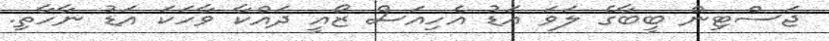
ޖަސްޓިން ބީބާގެ ލަވަ އަޑު އެހިއަސް ޒޯއީ ދައްކާ ވާހަކަ އަޑު ނާހާތި.